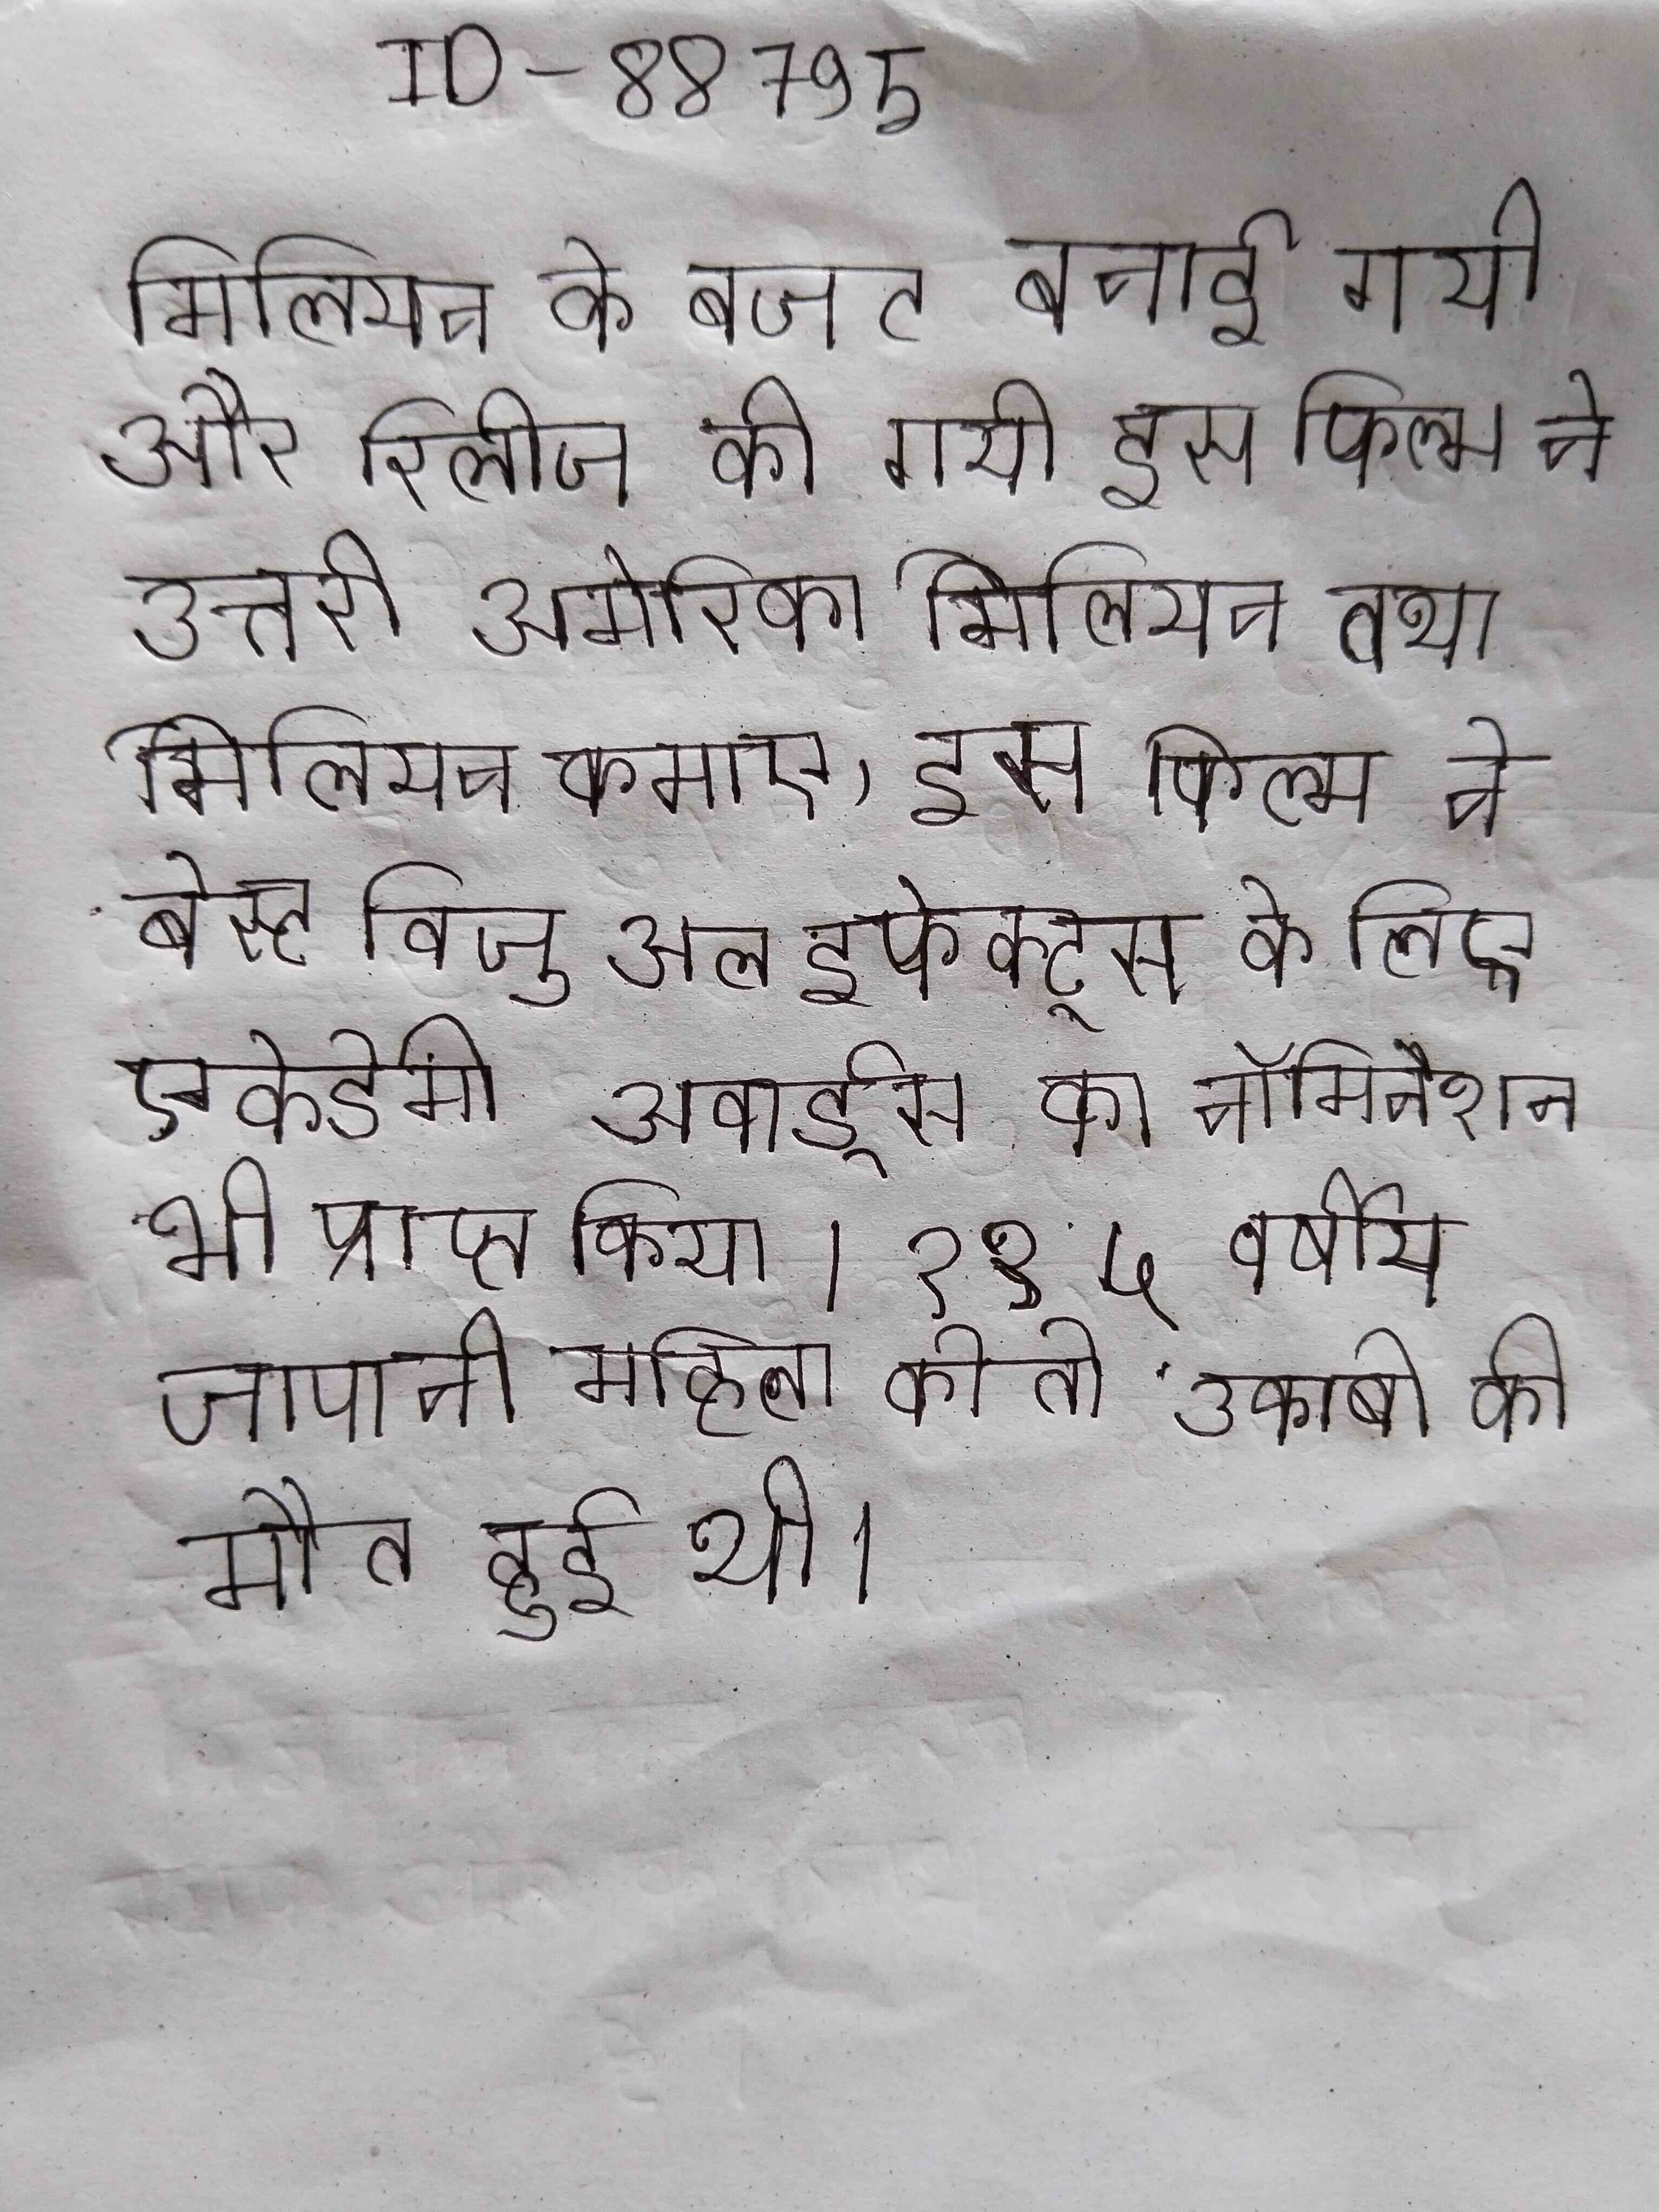
मिलियन के बजट बनाई गयी और रिलीज की गयी इस फिल्म ने उत्तरी अमेरिका मिलियन तथा मिलियन कमाए, इस फिल्म ने बेस्ट विजुअल इफेक्ट्स के लिए एकेडेमी अवार्ड्स का नॉमिनेशन भी प्राप्त किया । ११५ वर्षीय जापानी महिला कोतो उकबो की मौत हुई थी ।